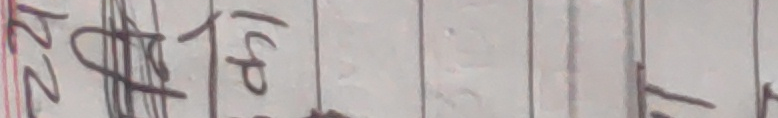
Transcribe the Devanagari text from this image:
२२१प